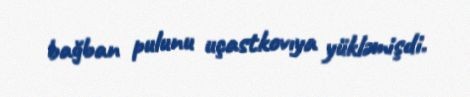
bağban pulunu uçastkovıya yükləmişdi.